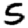
Digit: 5